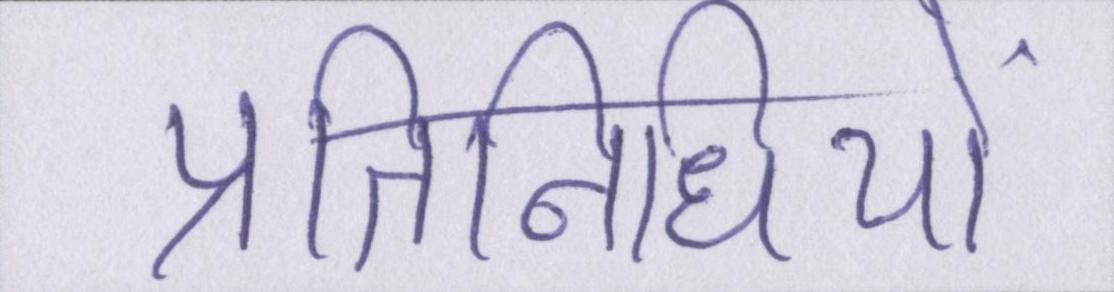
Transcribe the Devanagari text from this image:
प्रतिनिधियों